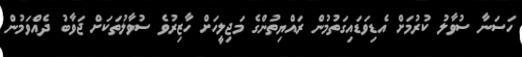
ހަސަނާ ސުވާލު ކުރުމަށް އެޑިވަޑައިގަތުމުން ރައްޔިތުންގެ މަޖިލީހަށް ހާޒިރުވެ ސުވާލުތަކަށް ޖަވާބު ދެއްވަމުން